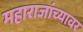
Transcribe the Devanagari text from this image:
महाराजांच्यावर